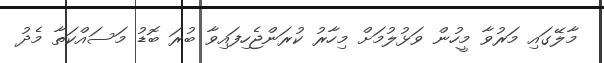
މާލޭގައި މަރުވާ މީހުން ވަޅުލުމަށް މިހާރު ކުރަންޖެހިފައިވާ ބުރަ ބޮޑު މަސައްކަތާ މެދު